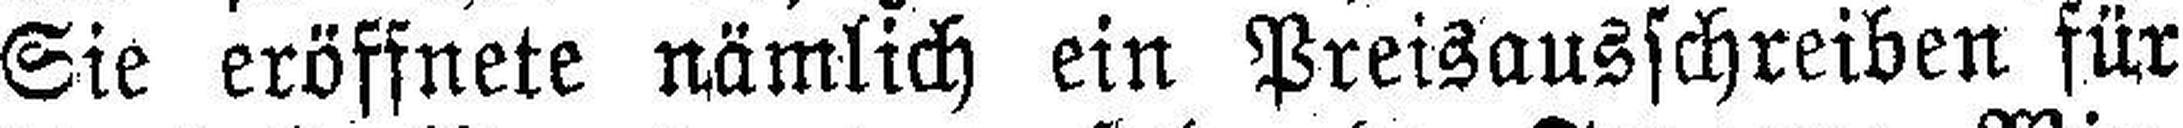
Sie erössnete nämlich ein Preisausschreiben für